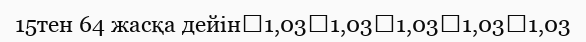
15тен 64 жасқа дейін	1,03	1,03	1,03	1,03	1,03